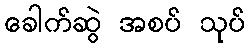
ခေါက်ဆွဲ အစပ် သုပ်